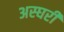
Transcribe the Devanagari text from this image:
अस्घरी